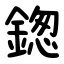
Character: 鍯